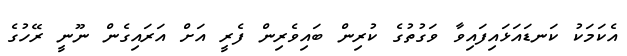
އެކަމަކު ކަނޑައަޅައިފައިވާ ވަގުތުގެ ކުރިން ބައިވެރިން ފެރީ އަށް އަރައިގެން ނޫނީ ރޭހުގެ